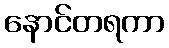
နောင်တရကာ